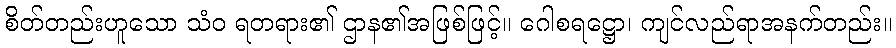
စိတ်တည်းဟူသော သံဝ ရတရား၏ ဌာန၏အဖြစ်ဖြင့်။ ဂေါစရဋ္ဌော၊ ကျင်လည်ရာအနက်တည်း။